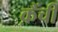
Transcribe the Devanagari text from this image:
क़ैंची